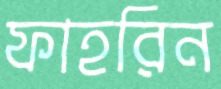
ফাহরিন